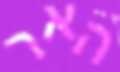
האר